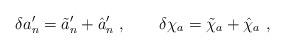
LaTeX: \begin{align*}\delta a'_n=\tilde a'_n+\hat a'_n\ ,\qquad\delta\chi_a=\tilde\chi_a+\hat\chi_a\ ,\end{align*}